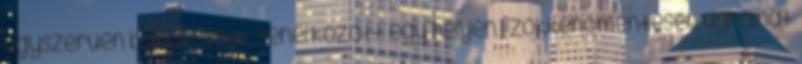
egyszerűen böngészhet zenéi között egy helyen – zökkenőmentesen ugrálhat